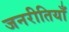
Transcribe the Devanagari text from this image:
जनरीतियाँ